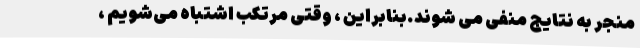
منجر به نتایج منفی می شوند.بنابراین ، وقتی مرتکب اشتباه می‌شویم ،